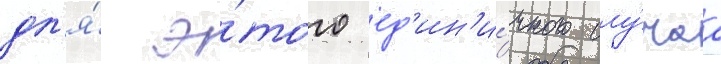
дл'я́ э́того ед'ин'и́чного слу́чаа